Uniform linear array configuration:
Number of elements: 12
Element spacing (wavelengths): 0.25
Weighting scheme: exponential
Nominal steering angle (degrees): -30
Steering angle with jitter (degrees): -29.093
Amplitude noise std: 0.05
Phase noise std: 0.05

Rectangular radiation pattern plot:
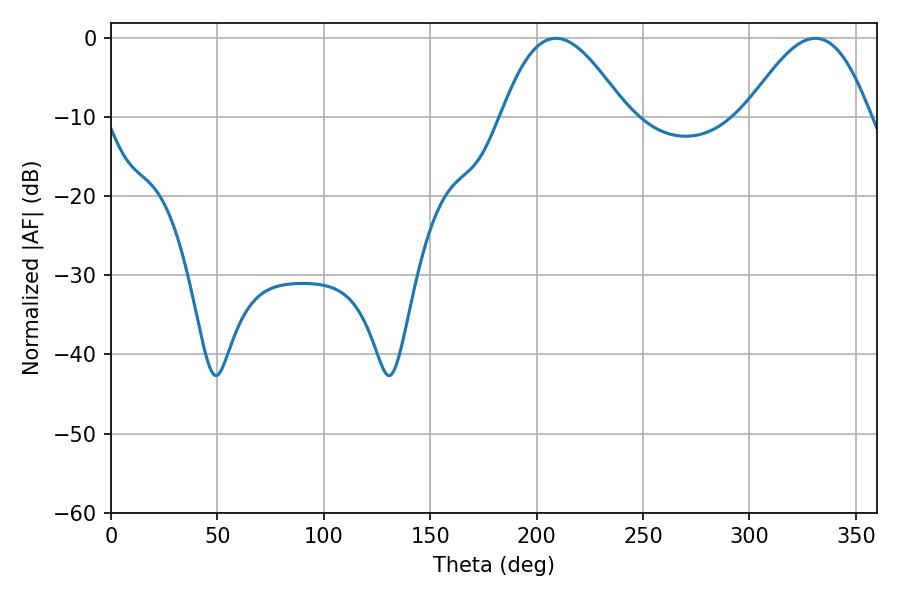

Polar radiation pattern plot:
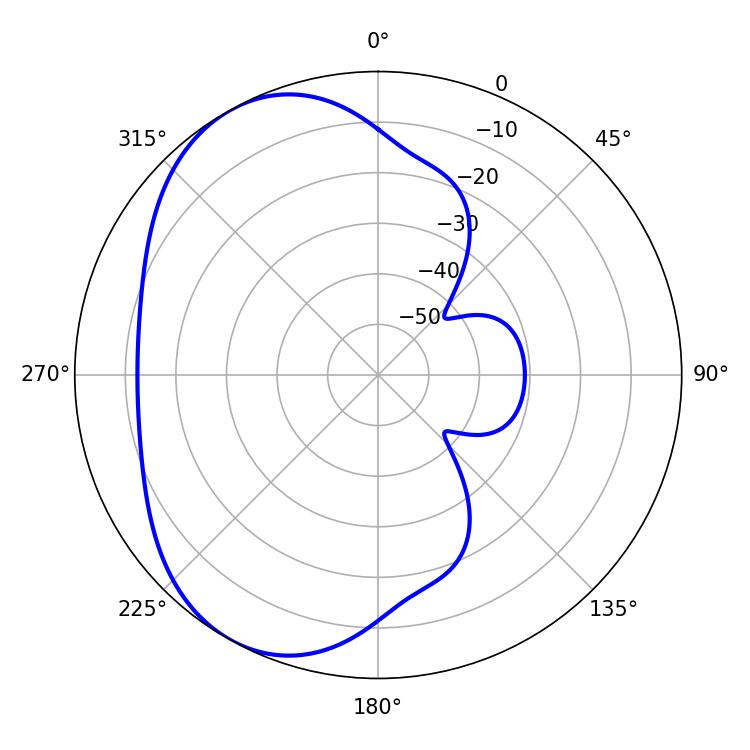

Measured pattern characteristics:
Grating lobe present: FALSE
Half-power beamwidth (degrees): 31.68
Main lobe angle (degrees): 208.98